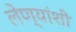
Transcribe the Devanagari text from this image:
लेण्यांशी